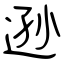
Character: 逊